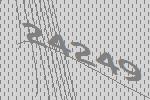
24249